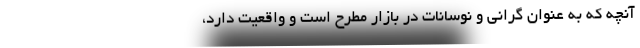
آنچه که به عنوان گرانی و نوسانات در بازار مطرح است و واقعیت دارد،